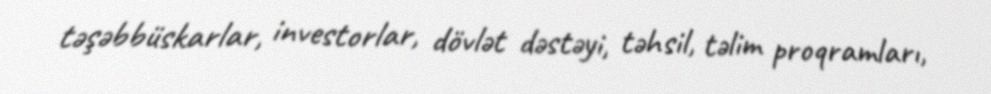
təşəbbüskarlar, investorlar, dövlət dəstəyi, təhsil, təlim proqramları,